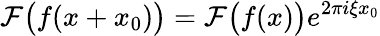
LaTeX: {\mathcal{F}}{\bigl(}f(x+x_{0}){\bigr)}={\mathcal{F}}{\bigl(}f(x){\bigr)}e^{2\pi i\xi x_{0}}